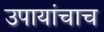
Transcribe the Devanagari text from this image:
उपायांचाच